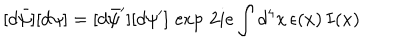
[ d \bar { \psi } ] [ d \psi ] = [ d \bar { \psi } ^ { \prime } ] [ d \psi ^ { \prime } ] \, \exp \, { 2 i e \int d ^ { 4 } x \, \epsilon ( x ) \, I ( x ) }